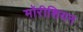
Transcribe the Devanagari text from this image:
मॉरीशियन